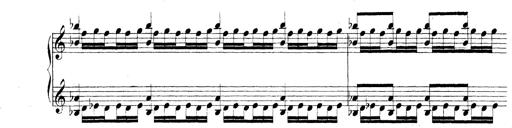
Title: Technische Studien
Composer: Franz Liszt